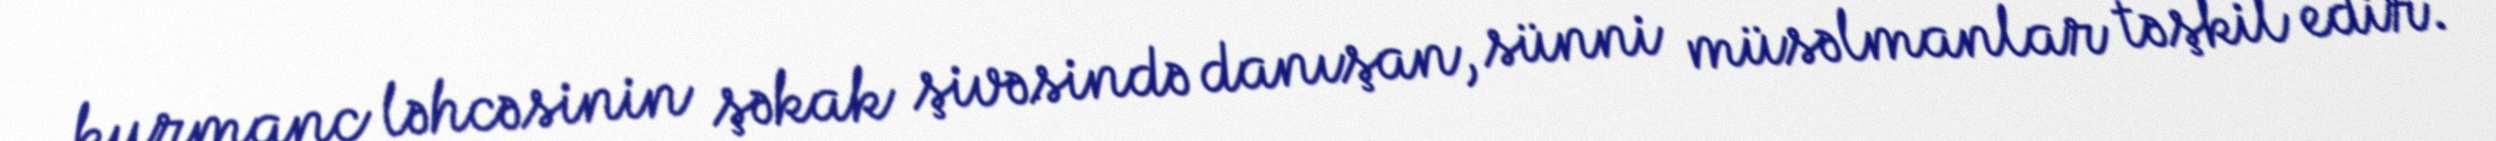
kurmanc ləhcəsinin şəkak şivəsində danışan, sünni müsəlmanlar təşkil edir.